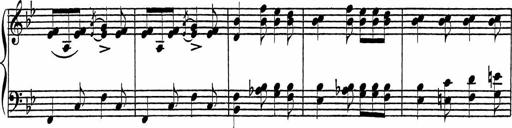
Title: Piano Sonatinas
Composer: Charles Fradel